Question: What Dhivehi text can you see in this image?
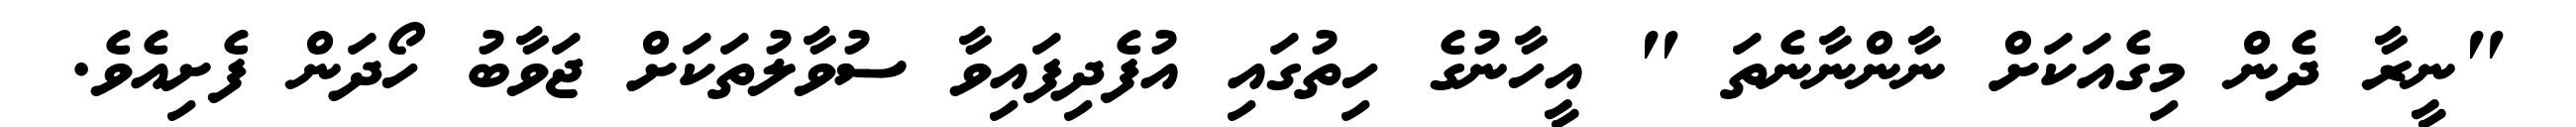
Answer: "ނީރާ ދެން މިގެއަކަށް ނާންނާނެތަ " އީހާނުގެ ހިތުގައި އުފެދިފައިވާ ސުވާލުތަކަށް ޖަވާބު ހޯދަން ފެށިއެވެ.